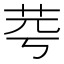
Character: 𦭃